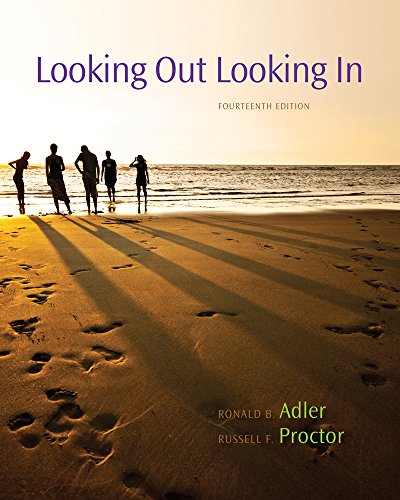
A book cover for Looking Out, Looking In; Ronald B. Adler; Computers & Technology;